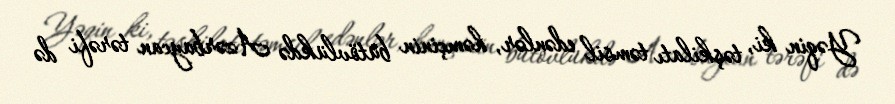
Yəqin ki, təşkilatı təmsil edənlər, həmçinin bütövlükdə Azərbaycan tərəfi də